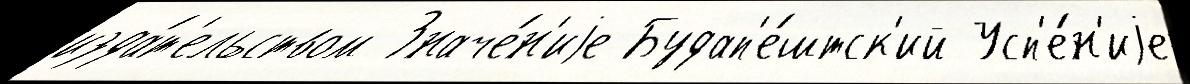
изда́т'ельством Значе́н'иjе Будап'е́штск'ий Усп'е́н'иjе